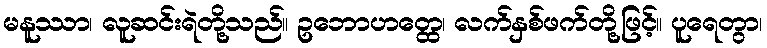
မနူဿာ၊ လူဆင်းရဲတို့သည်။ ဥဘောဟတ္ထေ၊ လက်နှစ်ဖက်တို့ဖြင့်။ ပူရေတွာ၊